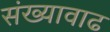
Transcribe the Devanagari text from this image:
संख्यावाढ